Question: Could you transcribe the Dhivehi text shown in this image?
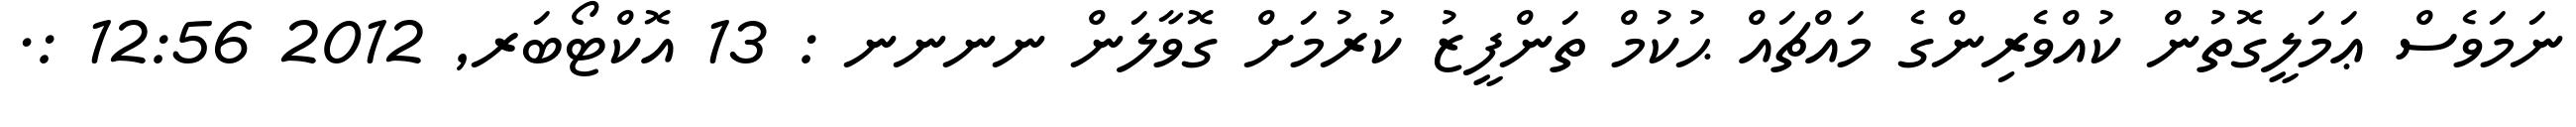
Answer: ނަމަވެސް ޢަމަލީގޮތުން ކުއްވެރިންގެ މައްޗައް ޙުކުމް ތަންފީޒު ކުރުމަށް ގޮވާލަން ނނނނ : 13 އޮކްޓޯބަރ, 2012 12:56 :.